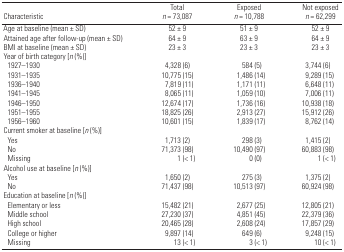
| Characteristic | Total n = 73,087 | Exposed n = 10,788 | Not exposed n = 62,299 |
 | --- | --- | --- | --- |
 | Age at baseline (mean ± SD) | 52 ± 9 | 51 ± 9 | 52 ± 9 |
 | Attained age after follow-up (mean ± SD) | 64 ± 9 | 63 ± 9 | 64 ± 9 |
 | BMI at baseline (mean ± SD) | 23 ± 3 | 23 ± 3 | 23 ± 3 |
 | Year of birth category [n (%)] |
 | 1927–1930 | 4,328 (6) | 584 (5) | 3,744 (6) |
 | 1931–1935 | 10,775 (15) | 1,486 (14) | 9,289 (15) |
 | 1936–1940 | 7,819 (11) | 1,171 (11) | 6,648 (11) |
 | 1941–1945 | 8,065 (11) | 1,059 (10) | 7,006 (11) |
 | 1946–1950 | 12,674 (17) | 1,736 (16) | 10,938 (18) |
 | 1951–1955 | 18,825 (26) | 2,913 (27) | 15,912 (26) |
 | 1956–1960 | 10,601 (15) | 1,839 (17) | 8,762 (14) |
 | Current smoker at baseline [n (%)] |
 | Yes | 1,713 (2) | 298 (3) | 1,415 (2) |
 | No | 71,373 (98) | 10,490 (97) | 60,883 (98) |
 | Missing | 1 (< 1) | 0 (0) | 1 (< 1) |
 | Alcohol use at baseline [n (%)] |
 | Yes | 1,650 (2) | 275 (3) | 1,375 (2) |
 | No | 71,437 (98) | 10,513 (97) | 60,924 (98) |
 | Education at baseline [n (%)] |
 | Elementary or less | 15,482 (21) | 2,677 (25) | 12,805 (21) |
 | Middle school | 27,230 (37) | 4,851 (45) | 22,379 (36) |
 | High school | 20,465 (28) | 2,608 (24) | 17,857 (29) |
 | College or higher | 9,897 (14) | 649 (6) | 9,248 (15) |
 | Missing | 13 (< 1) | 3 (< 1) | 10 (< 1) |